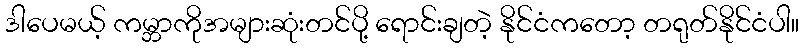
ဒါပေမယ့် ကမ္ဘာကိုအများဆုံးတင်ပို့ ရောင်းချတဲ့ နိုင်ငံကတော့ တရုတ်နိုင်ငံပါ။